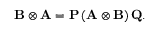
\mathbf { B } \otimes \mathbf { A } = \mathbf { P } \, ( \mathbf { A } \otimes \mathbf { B } ) \, \mathbf { Q } .